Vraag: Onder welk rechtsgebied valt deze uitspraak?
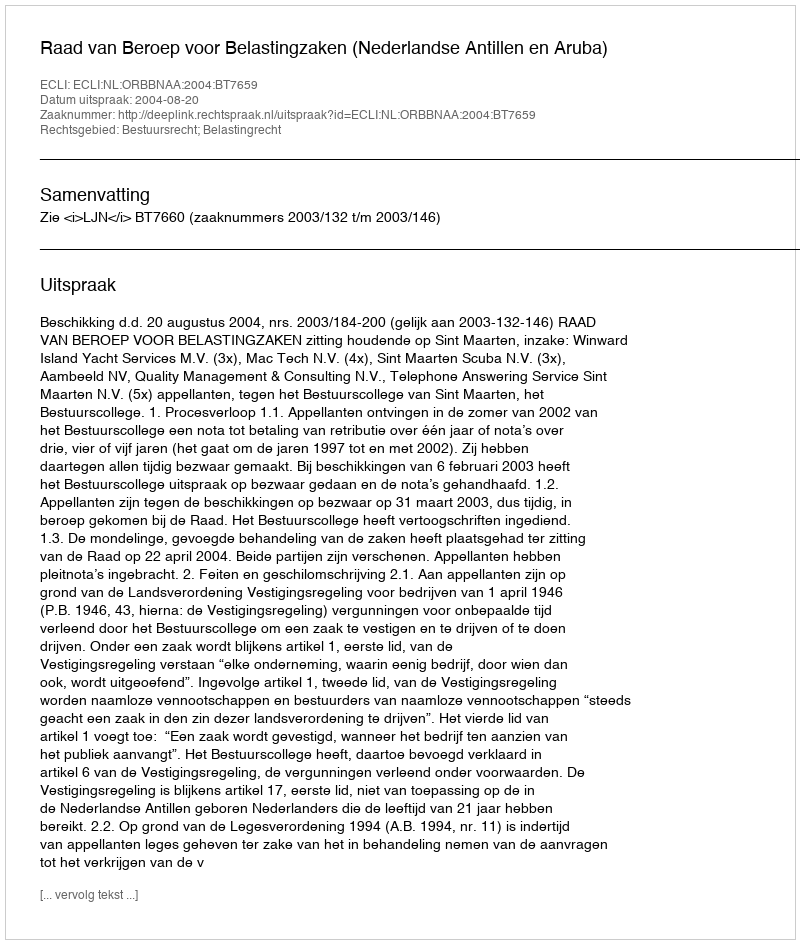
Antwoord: Bestuursrecht; Belastingrecht